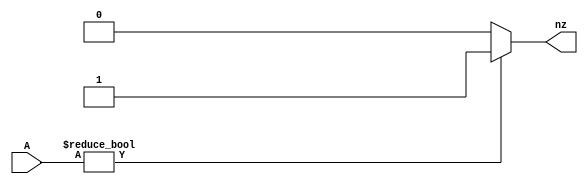
module Comparator_2(input [31:0]A,output reg nz);
  always @(A) begin
    nz=0;
    if(A!=32'h0) nz=1;
  end
endmodule


module Comparator_2_TB();
  reg [31:0]A;
  wire nz;
  Comparator_2 G1(A,nz);
  initial begin
    A=32'h8;
    #100
    A=32'h0;
    #100
    A=32'h5;
    #100
    $stop;
  end
endmodule